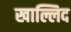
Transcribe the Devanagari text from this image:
खाल्लिद